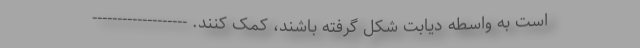
است به واسطه دیابت شکل گرفته باشند، کمک کنند. -------------------